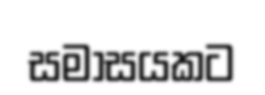
සමාසයකට